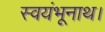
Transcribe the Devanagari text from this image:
स्वयंभूनाथ।